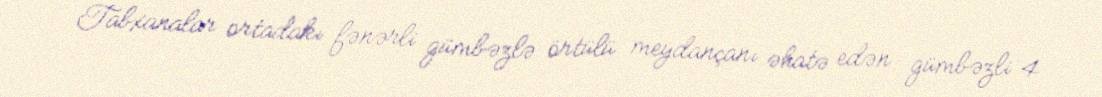
Tabxanalar ortadakı fənərli gümbəzlə örtülü meydançanı əhatə edən gümbəzli 4